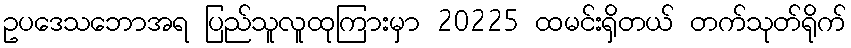
ဥပဒေသဘောအရ ပြည်သူလူထုကြားမှာ 20225 ထမင်းရှိတယ် တက်သုတ်ရိုက်